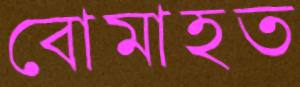
বোমাহত